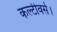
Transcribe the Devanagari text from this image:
कल्टीवर्स।